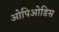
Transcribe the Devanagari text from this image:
ओपिओडिस